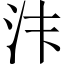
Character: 𱥴